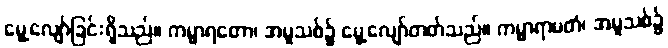
မွေ့လျော်ခြင်းရှိသည်။ ကမ္မာရတော၊ အမူသစ်၌ မွေ့လျော်တတ်သည်။ ကမ္မာရာမတံ၊ အမူသစ်၌